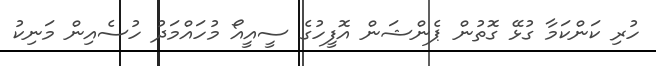
ހުރި ކަންކަމާ ގުޅޭ ގޮތުން ޕެންޝަން އޮފީހުގެ ސީއީއޯ މުހައްމަދު ހުސެއިން މަނިކު